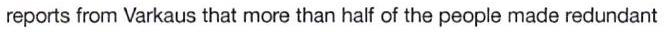
reports from Varkaus that more than half of the people made redundant